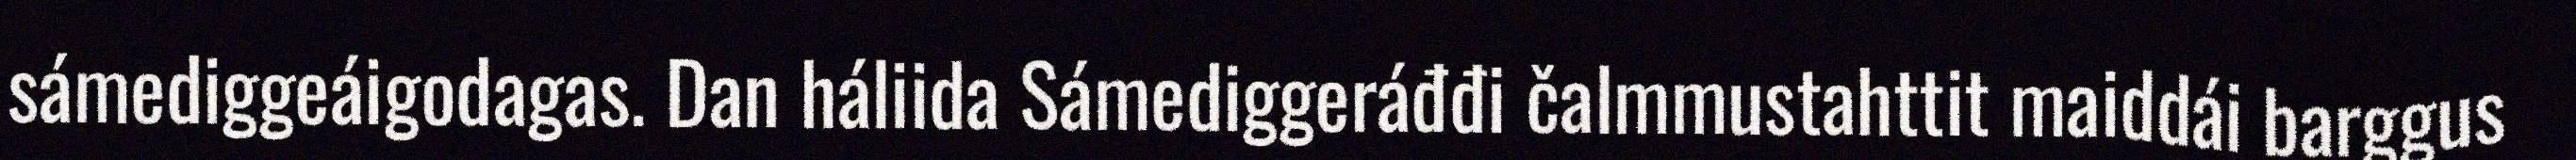
sámediggeáigodagas. Dan háliida Sámediggeráđđi čalmmustahttit maiddái barggus